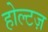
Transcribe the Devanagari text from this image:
होल्टज़